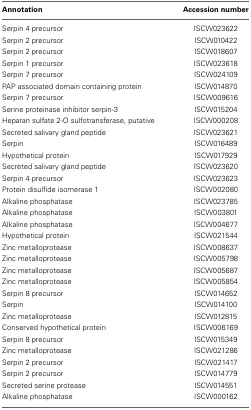
<table><thead><tr><td><b>Annotation</b></td><td><b>Accession number</b></td></tr></thead><tbody><tr><td>Serpin 4 precursor</td><td>ISCW023622</td></tr><tr><td>Serpin 2 precursor</td><td>ISCW010422</td></tr><tr><td>Serpin 2 precursor</td><td>ISCW018607</td></tr><tr><td>Serpin 1 precursor</td><td>ISCW023618</td></tr><tr><td>Serpin 7 precursor</td><td>ISCW024109</td></tr><tr><td>PAP associated domain containing protein</td><td>ISCW014870</td></tr><tr><td>Serpin 7 precursor</td><td>ISCW009616</td></tr><tr><td>Serine proteinase inhibitor serpin-3</td><td>ISCW015204</td></tr><tr><td>Heparan sulfate 2-O sulfotransferase, putative</td><td>ISCW000208</td></tr><tr><td>Secreted salivary gland peptide</td><td>ISCW023621</td></tr><tr><td>Serpin</td><td>ISCW016489</td></tr><tr><td>Hypothetical protein</td><td>ISCW017929</td></tr><tr><td>Secreted salivary gland peptide</td><td>ISCW023620</td></tr><tr><td>Serpin 4 precursor</td><td>ISCW023623</td></tr><tr><td>Protein disulfide isomerase 1</td><td>ISCW002080</td></tr><tr><td>Alkaline phosphatase</td><td>ISCW023785</td></tr><tr><td>Alkaline phosphatase</td><td>ISCW003801</td></tr><tr><td>Alkaline phosphatase</td><td>ISCW004677</td></tr><tr><td>Hypothetical protein</td><td>ISCW021544</td></tr><tr><td>Zinc metalloprotease</td><td>ISCW008637</td></tr><tr><td>Zinc metalloprotease</td><td>ISCW005798</td></tr><tr><td>Zinc metalloprotease</td><td>ISCW005687</td></tr><tr><td>Zinc metalloprotease</td><td>ISCW005854</td></tr><tr><td>Serpin 8 precursor</td><td>ISCW014652</td></tr><tr><td>Serpin</td><td>ISCW014100</td></tr><tr><td>Zinc metalloprotease</td><td>ISCW012815</td></tr><tr><td>Conserved hypothetical protein</td><td>ISCW006169</td></tr><tr><td>Serpin 8 precursor</td><td>ISCW015349</td></tr><tr><td>Zinc metalloprotease</td><td>ISCW021286</td></tr><tr><td>Serpin 2 precursor</td><td>ISCW021417</td></tr><tr><td>Serpin 2 precursor</td><td>ISCW014779</td></tr><tr><td>Secreted serine protease</td><td>ISCW014551</td></tr><tr><td>Alkaline phosphatase</td><td>ISCW000162</td></tr></tbody></table>